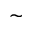
\sim